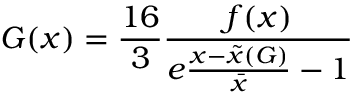
G ( x ) = \frac { 1 6 } { 3 } \frac { f ( x ) } { e \frac { x - \tilde { x } ( G ) } { \bar { x } } - 1 }